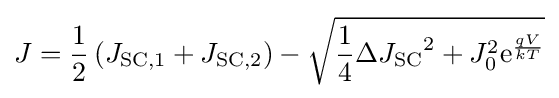
J={\frac {1}{2}}\left(J_{\text{SC,1}}+J_{\text{SC,2}}\right)-{\sqrt {{\frac {1}{4}}{\Delta J_{\text{SC}}}^{2}+J_{0}^{2}\mathrm {e} ^{\frac {qV}{kT}}}}